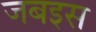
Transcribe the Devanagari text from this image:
जबइस